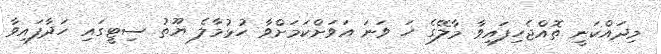
މިދައްކަނީ ތޮއްޖެހިފައިވާ މާލޭގެ ހަ ވަނަ އަވަށްކަމަށްވާ ހުޅުމާލެ ޔޫތު ސިޓީގައި ހަދާފައިވާ